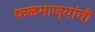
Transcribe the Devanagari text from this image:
फळभाज्यांची